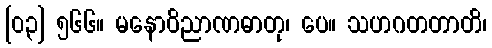
[၀၃] ၅၆၆။ မနောဝိညာဏဓာတု၊ ပေ။ သဟဂတတာတိ၊